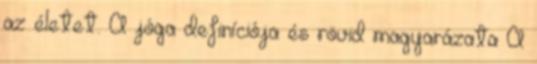
az életet. A jóga definíciója és rövid magyarázata A